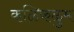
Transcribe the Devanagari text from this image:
कळिकळुम